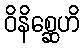
ဝိနိစ္ဆေဟိ